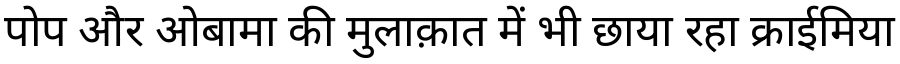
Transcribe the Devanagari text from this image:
पोप और ओबामा की मुलाक़ात में भी छाया रहा क्राईमिया